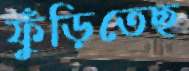
ফুঁড়িতেছ